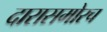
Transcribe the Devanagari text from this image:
दारासमोरच